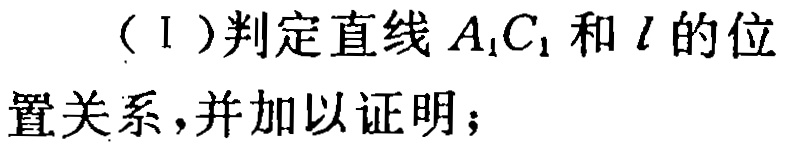
（Ⅰ）判定直线$A_{1}C_{1}$和$l$的位置关系，并加以证明；